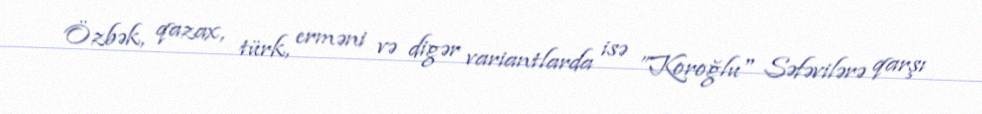
Özbək, qazax, türk, erməni və digər variantlarda isə ”Koroğlu" Səfəvilərə qarşı